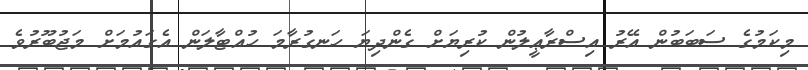
މިކަމުގެ ސަބަބުން އޭރު އިސްރާޢީލުން ކުރިޔަށް ގެންދިޔަ ހަނގުރާމަ ހުއްޓާލަން އެގައުމަށް މަޖުބޫރުވެ